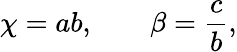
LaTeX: \chi=ab,\; \; \; \; \; \; \; \beta=\frac{c}{b},